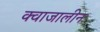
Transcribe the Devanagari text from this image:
क्वाजालीन